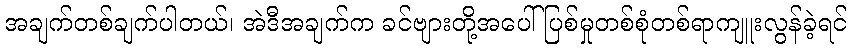
အချက်တစ်ချက်ပါတယ်၊ အဲဒီအချက်က ခင်ဗျားတို့အပေါ် ပြစ်မှုတစ်စုံတစ်ရာကျူးလွန်ခဲ့ရင်